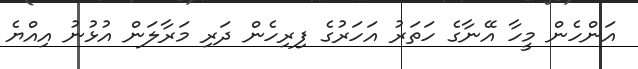
އަންހެން މީހާ އޭނާގެ ހަތަރު އަހަރުގެ ފިރިހެން ދަރި މަރާލަން އުޅުނު އިއްޔެ